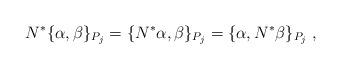
LaTeX: \begin{align*}N^*\{\alpha,\beta\}_{P_j}=\{N^*\alpha,\beta\}_{P_j} = \{\alpha,N^*\beta\}_{P_j}\;, \end{align*}